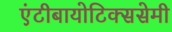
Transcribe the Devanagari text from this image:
एंटीबायोटिक्ससेमी